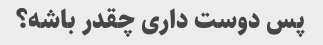
پس دوست داری چقدر باشه؟